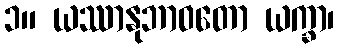
၁။ ယဿာနုဘာဝတော ယက္ခာ၊